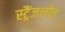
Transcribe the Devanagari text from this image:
स्ट्रैंजलोव